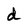
Character: d